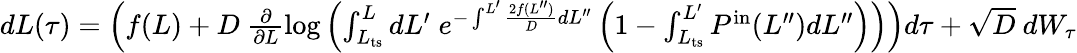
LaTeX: \begin{array}{r}{dL(\tau)=\left(f(L)+D\ \frac{\partial}{\partial L}\log\left(\int_{L_{\mathrm{ts}}}^{L}dL^{\prime}\; e^{-\int^{L^{\prime}}\frac{2f(L^{\prime\prime})}{D}dL^{\prime\prime}}\left(1-\int_{L_{\mathrm{ts}}}^{L^{\prime}}P^{\mathrm{in}}(L^{\prime\prime})dL^{\prime\prime}\right)\right)\right)d\tau+\sqrt{D}\ dW_{\tau}}\end{array}